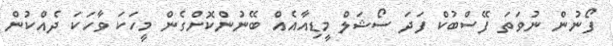
ފޯނުން ނުވަތަ ފޭސްބުކް ފަދަ ސޯޝަލް މީޑިއާއެއް ބޭނުންކޮށްގެން މީހަކަ ވާހަކަ ދެއްކުން